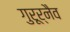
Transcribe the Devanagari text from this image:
गुरूर्नैव